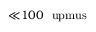
{ \ll } 1 0 0 ~ \mathrm { \ u p m u s }